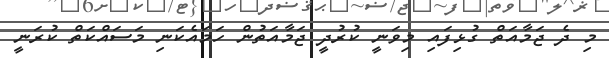
މި ދެ ޖަމާއަތް ގުޅިފައި މިވަނީ ކުރުދީ ޖަމާއަތުން ހަމައެކަނި މަސައްކަތް ކުރަނީ